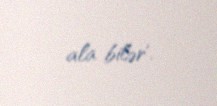
ala bilər’.